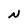
Character: N